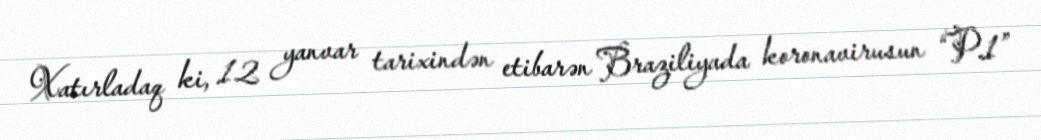
Xatırladaq ki, 12 yanvar tarixindən etibarən Braziliyada koronavirusun “P.1”